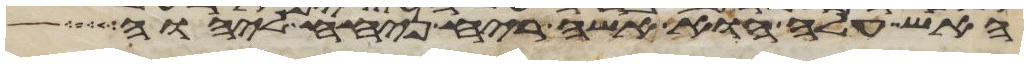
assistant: האש עלה הוא אשה ריח ניחח ליהוה